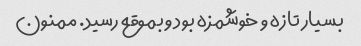
بسیار تازه و خوشمزه بود و بموقع رسید. ممنون